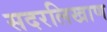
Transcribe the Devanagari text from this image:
सदरलिखाण